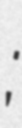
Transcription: Кудрявцева;